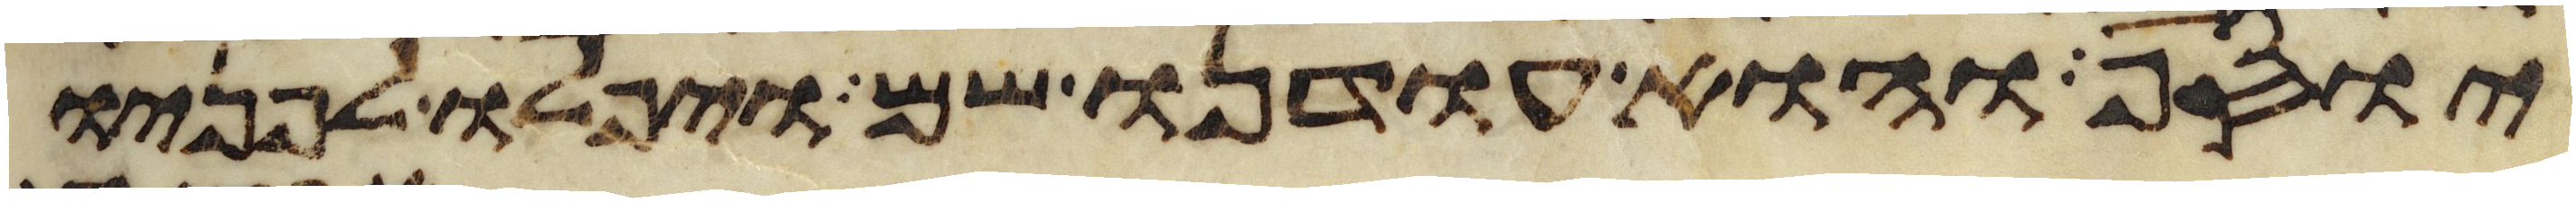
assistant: יוסף והוא עודנו שם ויפלו לפניו